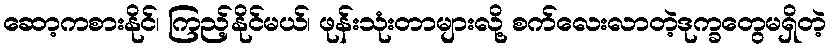
ဆော့ကစားနိုင်၊ ကြည့်နိုင်မယ်၊ ဖုန်းသုံးတာများလို့ စက်လေးလာတဲ့ဒုက္ခတွေမရှိတဲ့